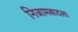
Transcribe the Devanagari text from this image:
निजामबादला